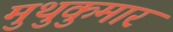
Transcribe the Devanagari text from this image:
मुथुकुमार